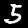
Label: 5